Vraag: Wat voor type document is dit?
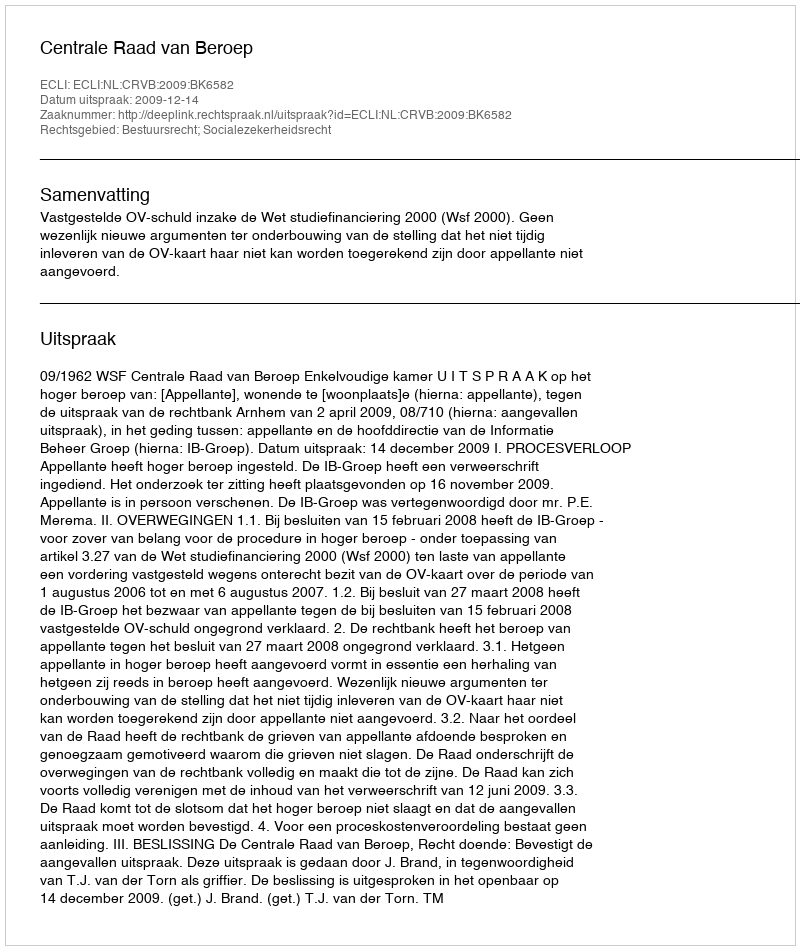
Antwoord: Uitspraak